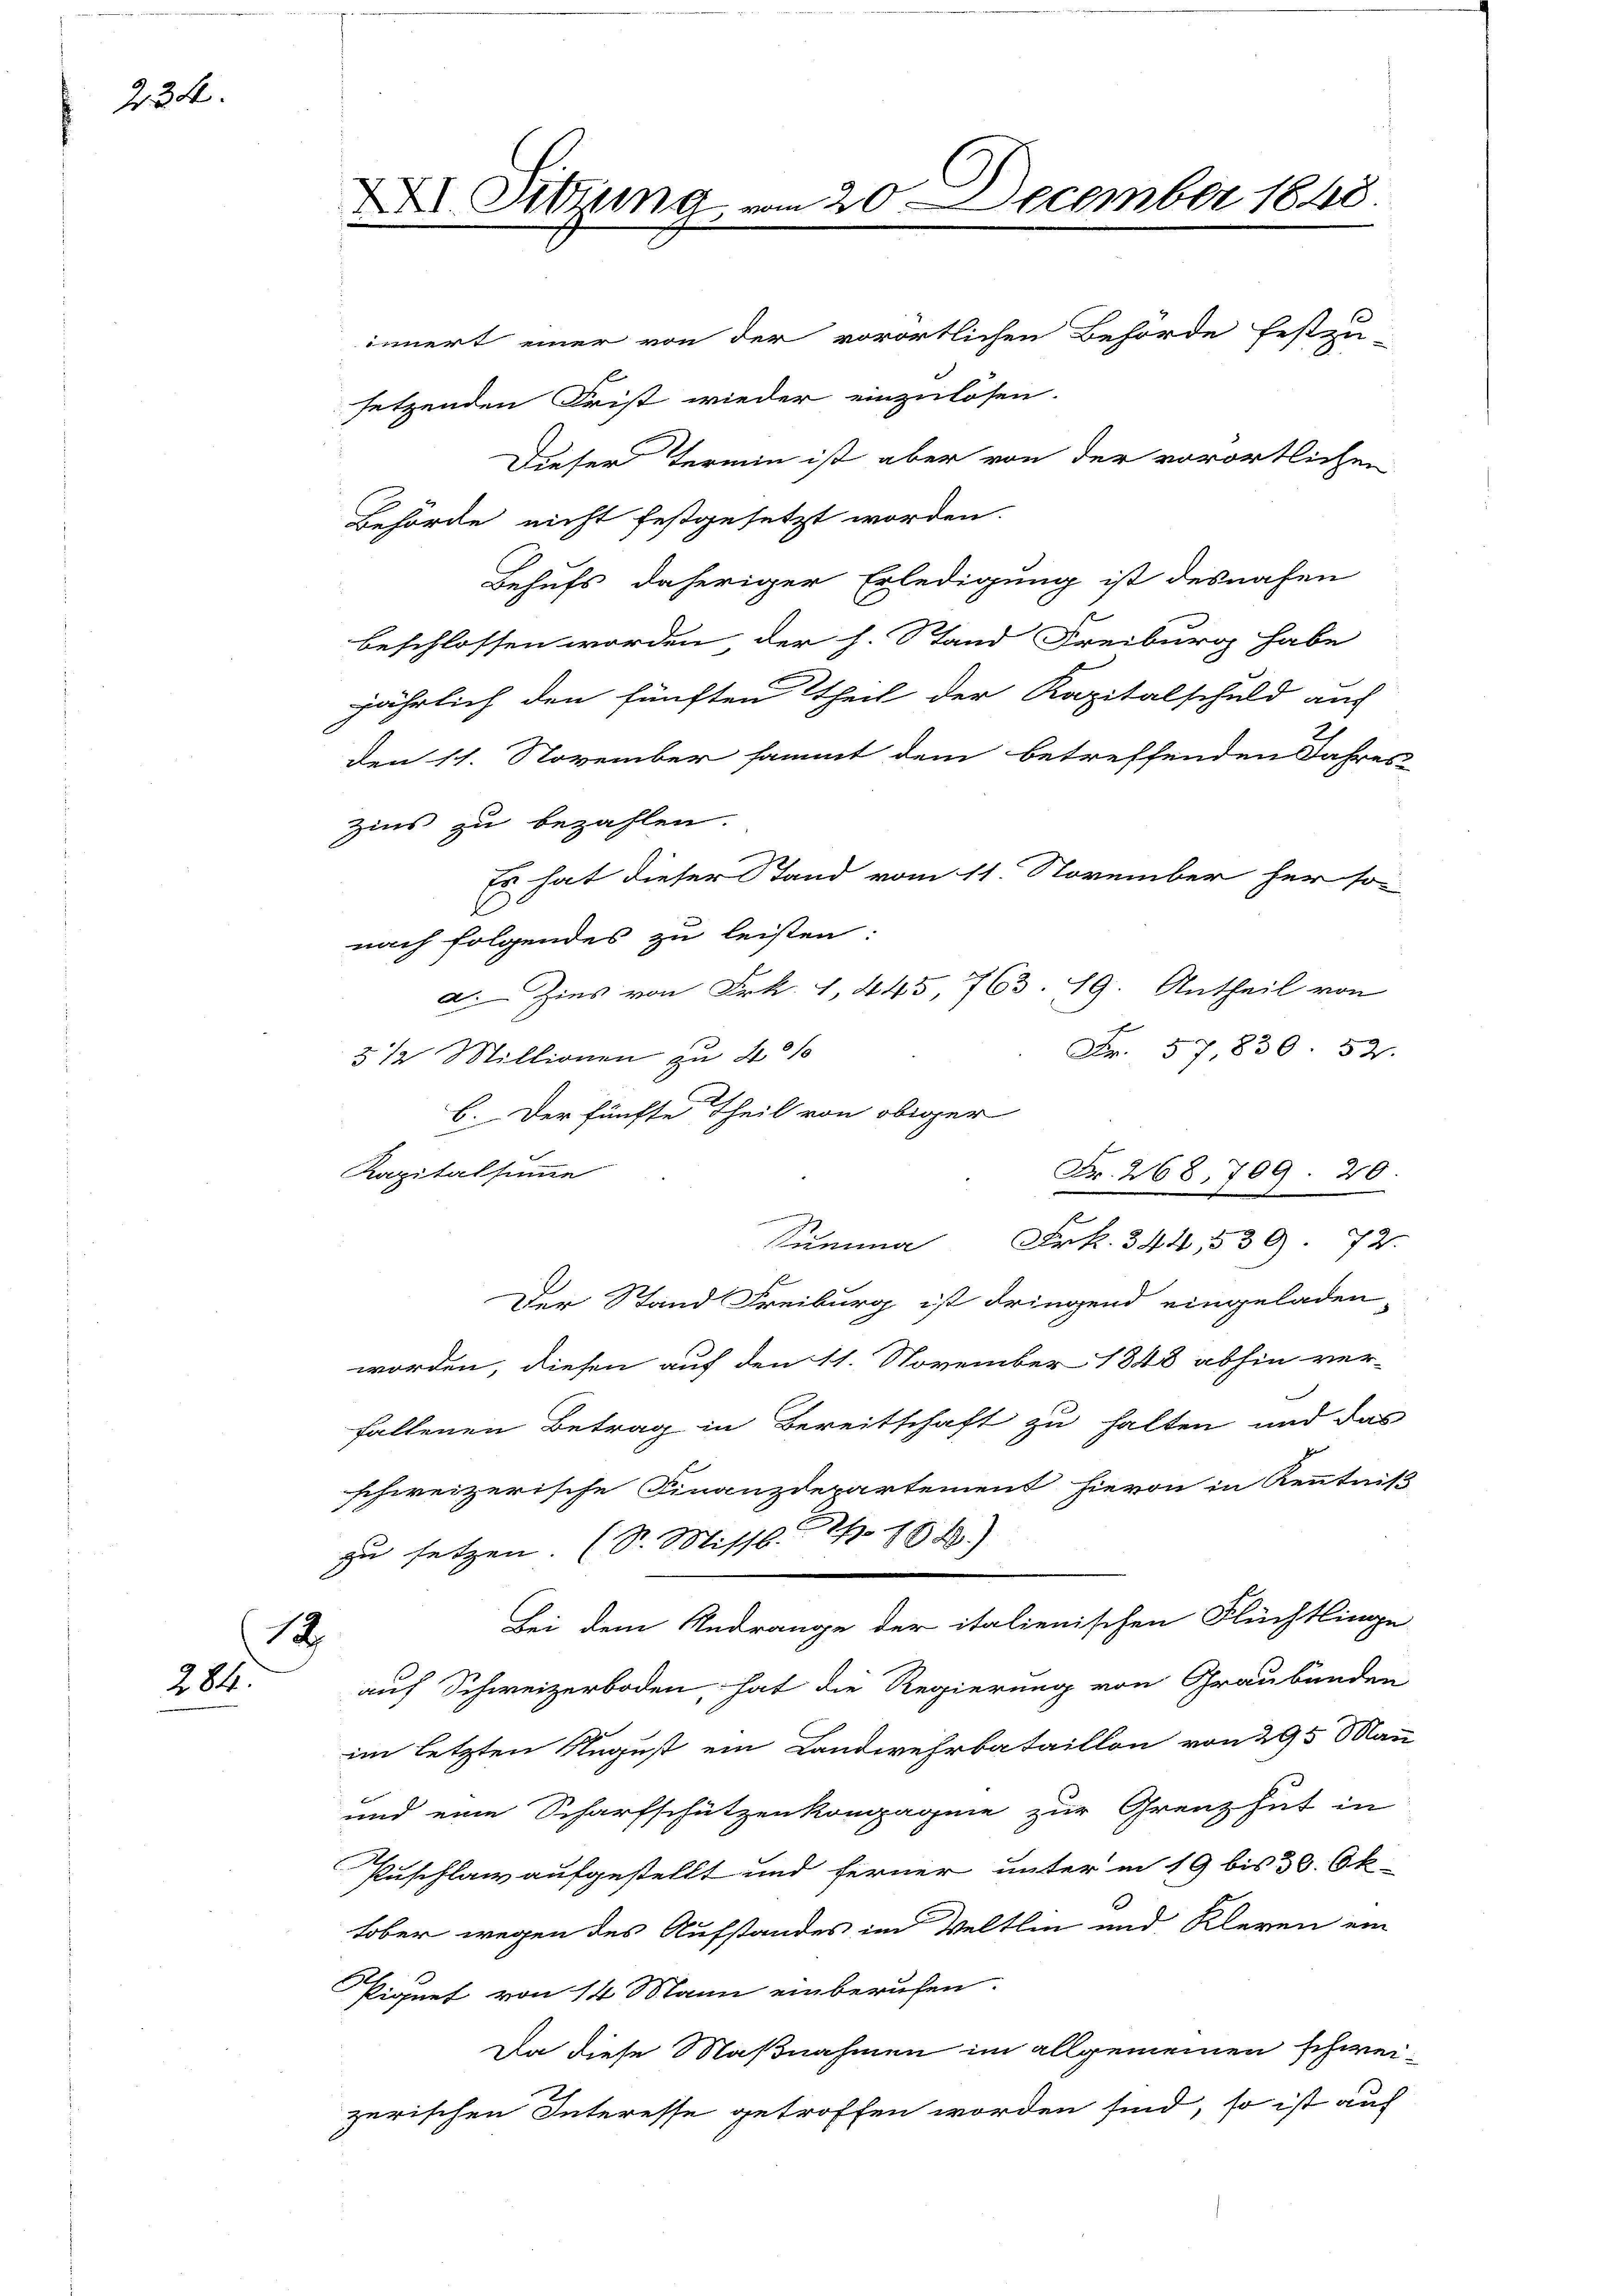
234.

2
284.

innert einer von der vorörtlichen Behörde festzu-
setzenden Frist wieder einzulösen.
Dieser Termin ist aber von der vorörtlichen
Behörde nicht festgesetzt worden.
Behufs daheriger Erledigung ist desnahen
beschlossen worden der h. Stand Freiburg habe
jährlich den fünften Theil der Kapitalschuld auf
den 11. November sammt dem betreffenden Jahres
Zins zu bezahlen.
Es hat dieser Stand vom 11. November her so
nach folgendes zu leisten.
a Zins von Frk. 1, 445, 763. 19. Antheil von
Fr. 57,830. 52.
3 1/2 Millionen zu 201
6. Der fünfte Theil von obiger
Kapitalsumme
.
Frk. 344,539. 72.
umma
s
Der Stand Freiburg ist dringend eingeladen,
worden, diesen auf den 11. November 1848 abhin ver-
fallenen Betrag in Bereitschaft zu halten und das
schweizerische Finanzdepartement hievon in Kenntniß
zu setzen. (S. Missb. Th. 188.)
Bei dem Andrange der italienischen Flüchtlinge
auf Schweizerboden, hat die Regierung von Graubünden
im letzten August ein Landwehrbataillon von 295 Mann
und eine Scharfschützenkompagnie zur Grenz hat in
Puschlag aufgestellt und ferner unter in 19 bis 30. Ok-
tober wegen des Aufstandes im Weltlin und Kleren ein
Piquet von 14 Mann einberufen.
Da diese Maßnahmen im allgemeinen schweizerischen Interesse getroffen worden sind, so ist auf

XXI. Sitzung vom 20 December 1848.

Fr. 268 709. 20
.